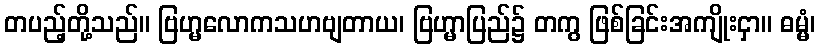
တပည့်တို့သည်။ ဗြဟ္မလောကသဟဗျတာယ၊ ဗြဟ္မာပြည်၌ တကွ ဖြစ်ခြင်းအကျိုးငှာ။ ဓမ္မံ၊